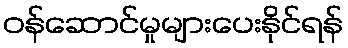
ဝန်ဆောင်မှုများပေးနိုင်ရန်